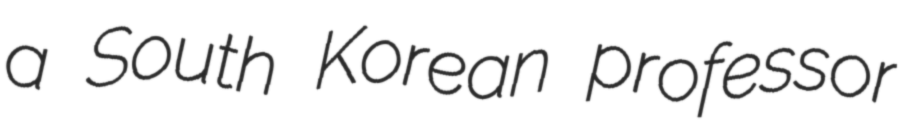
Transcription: a South Korean professor